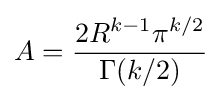
A={\frac {2R^{k-1}\pi ^{k/2}}{\Gamma (k/2)}}